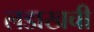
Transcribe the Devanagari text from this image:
लडाखची